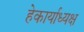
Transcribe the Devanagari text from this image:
हेकार्याध्यक्ष